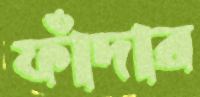
ফাঁদার